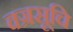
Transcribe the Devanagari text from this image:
वज्रसूचि